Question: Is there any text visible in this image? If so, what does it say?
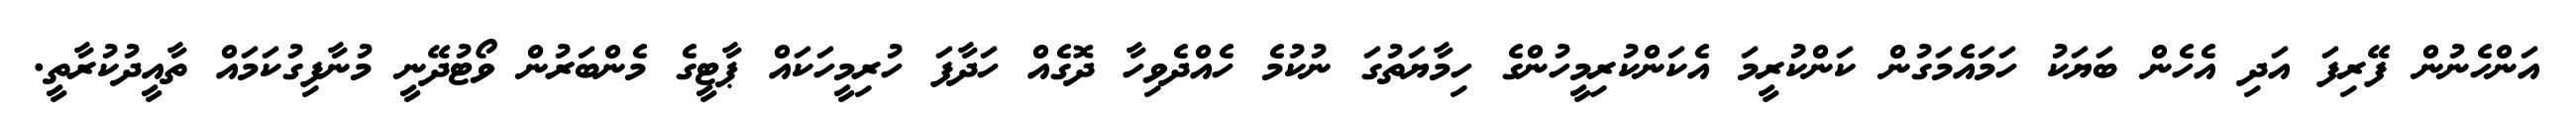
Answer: އަންހެނުން ފޭރިފަ އަދި އެހެން ބަޔަކު ހަމައެމަގުން ކަންކުރީމަ އެކަންކުރިމީހުންގެ ހިމާޔަތުގަ ނުކުމެ ހެއްދެވިހާ ދޮގެއް ހަދާފަ ހުރިމީހަކައް ޕާޓީގެ މެންބަރުން ވޯޓުދޭނީ މުނާފިގުކަމައް ތާއީދުކުރާތީ.